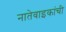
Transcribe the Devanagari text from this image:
नातेवाइकांची